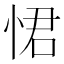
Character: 𭝈